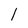
Character: 1